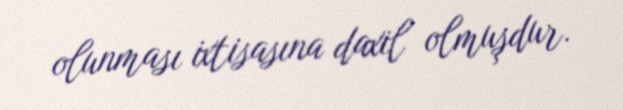
olunması ixtisasına daxil olmuşdur.